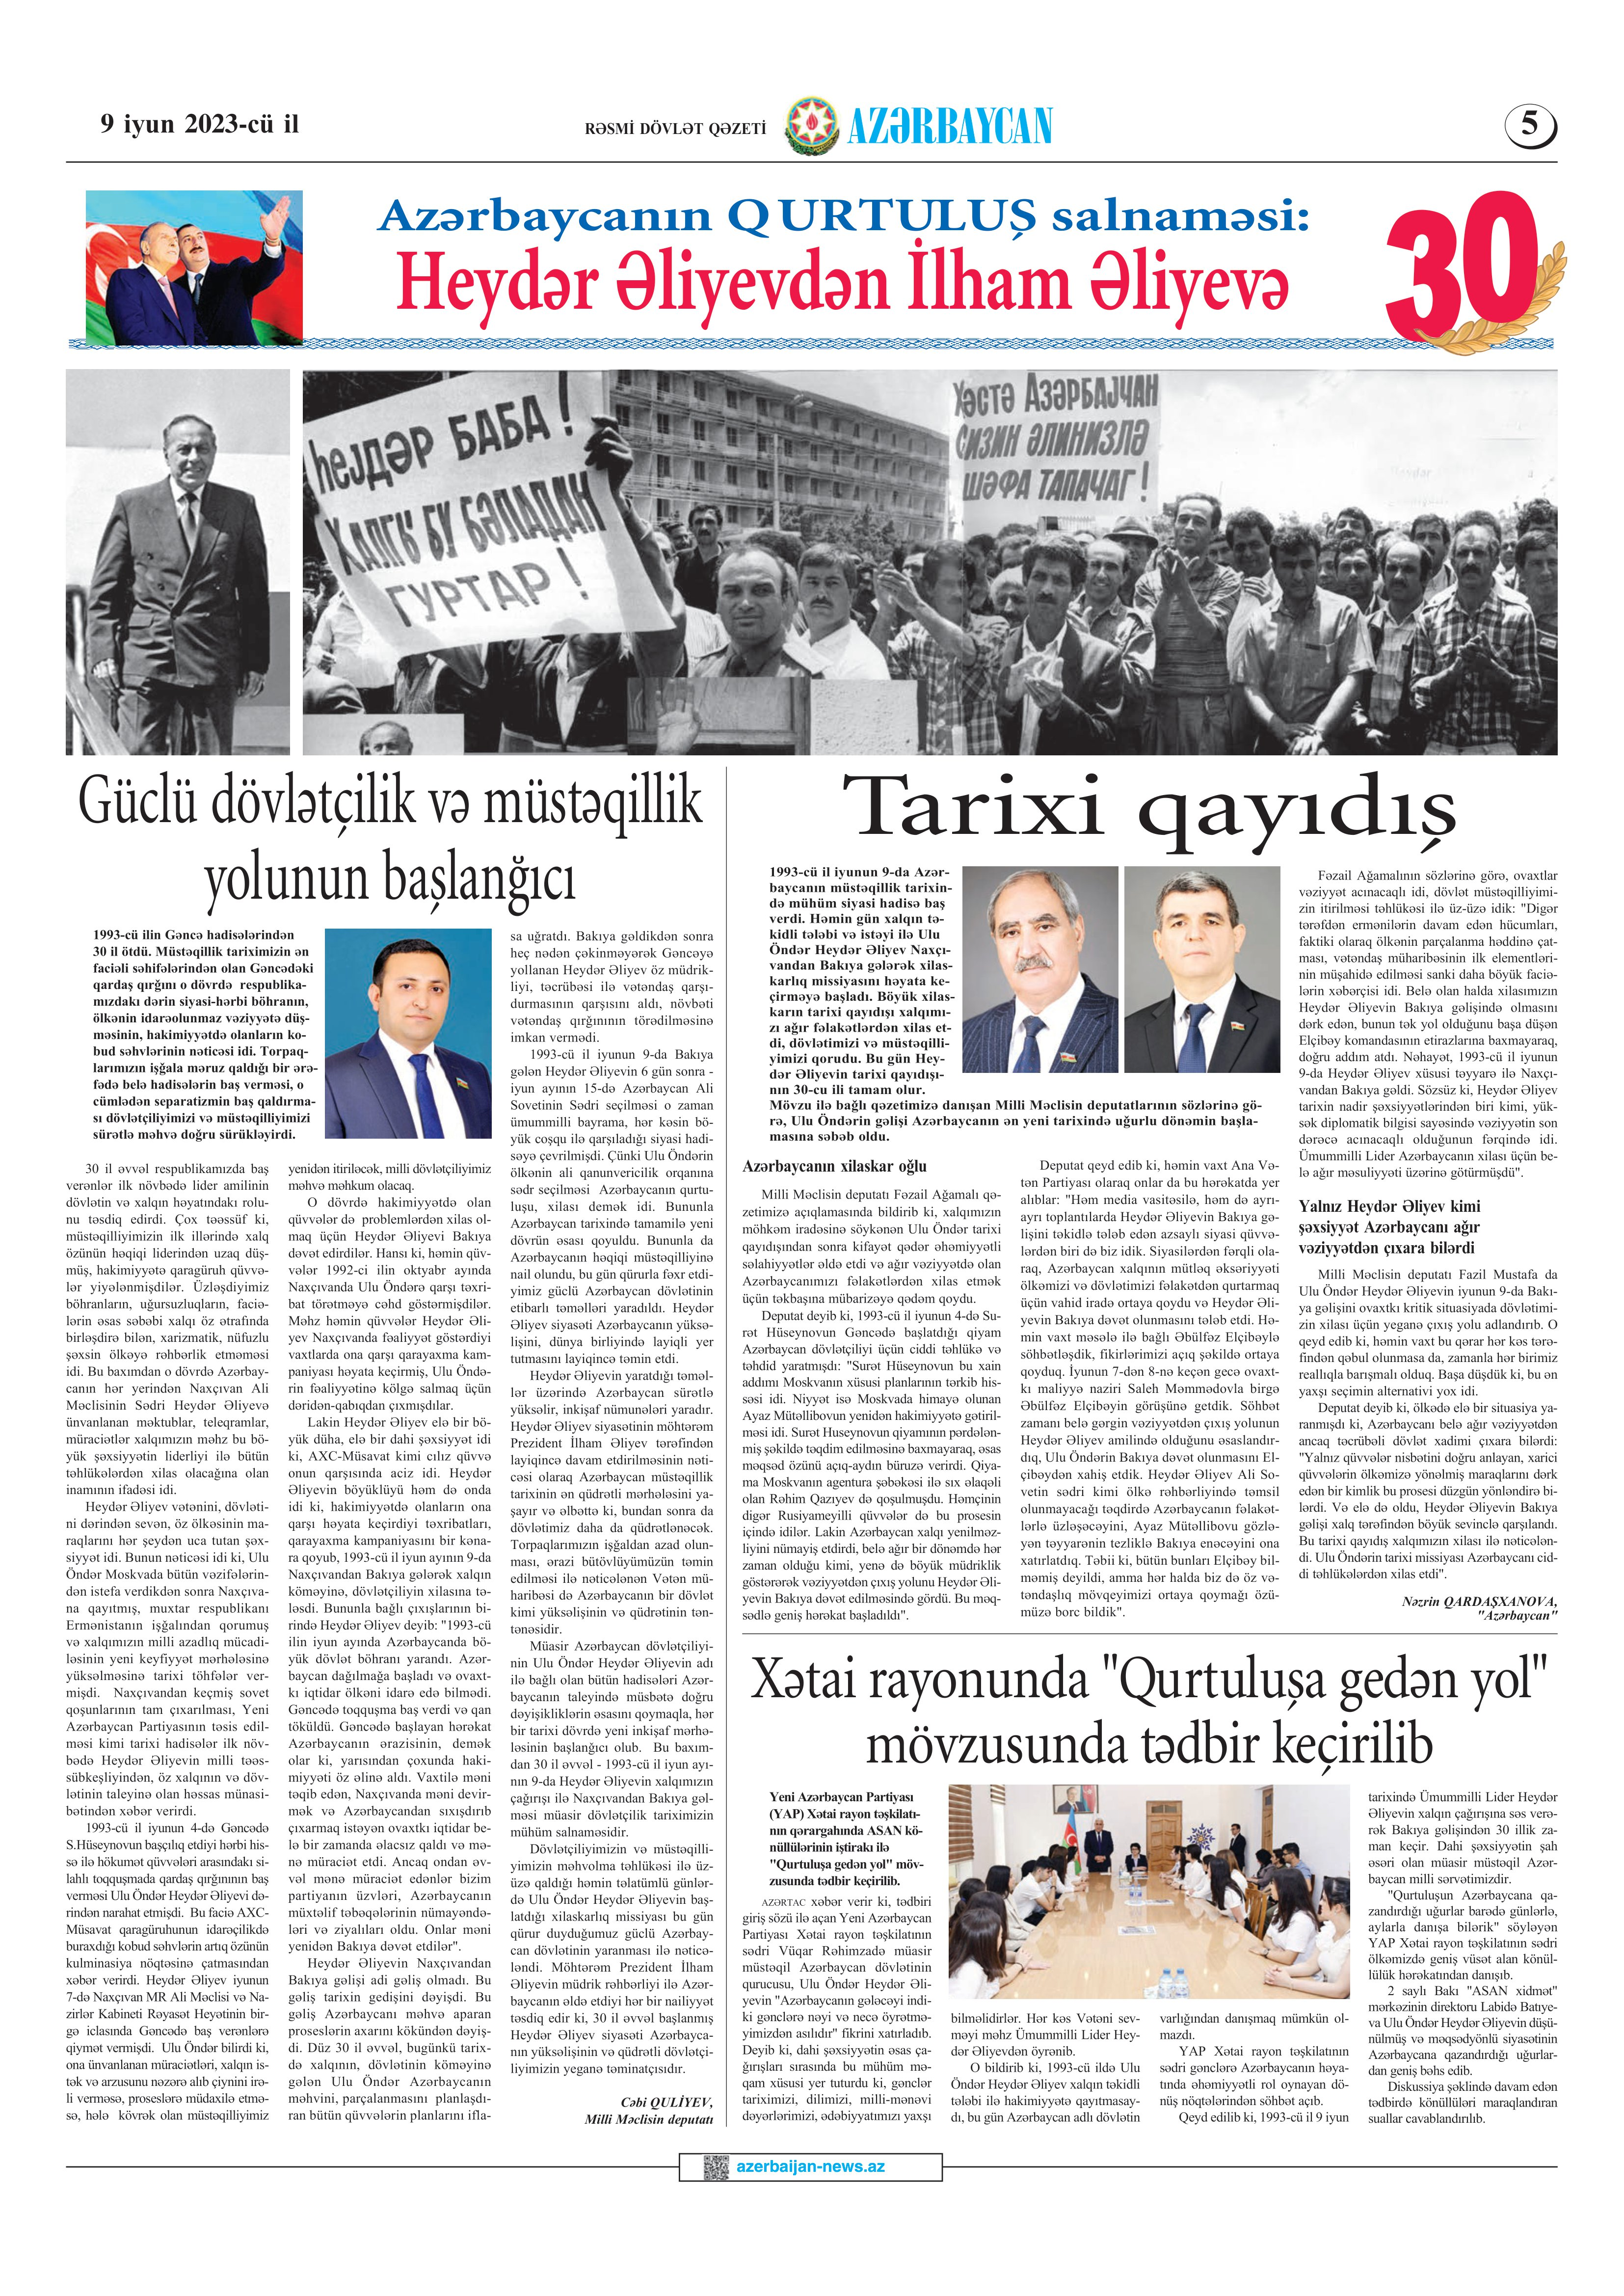
Language: az